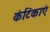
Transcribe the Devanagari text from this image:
कंटिकाएं